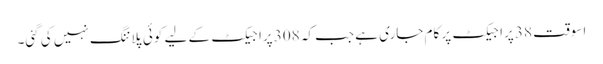
اسوقت 38 پراجیکٹ پر کام جاری ہے جب کہ 308 پراجیکٹ کے لیے کوئی پلاننگ نہیں کی گئی۔